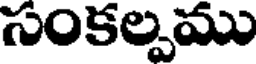
సంకల్పము